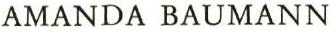
AMANDA BAUMANN